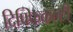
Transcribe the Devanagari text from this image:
दिफ्फिकल्टी